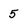
Character: 5